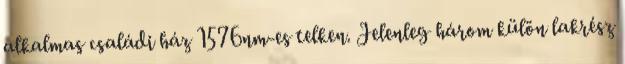
alkalmas családi ház 1576nm-es telken. Jelenleg három külön lakrész